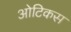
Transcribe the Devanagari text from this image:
ओटिकस